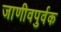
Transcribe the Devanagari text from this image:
जाणीवपुर्वक